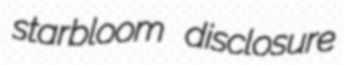
starbloom disclosure